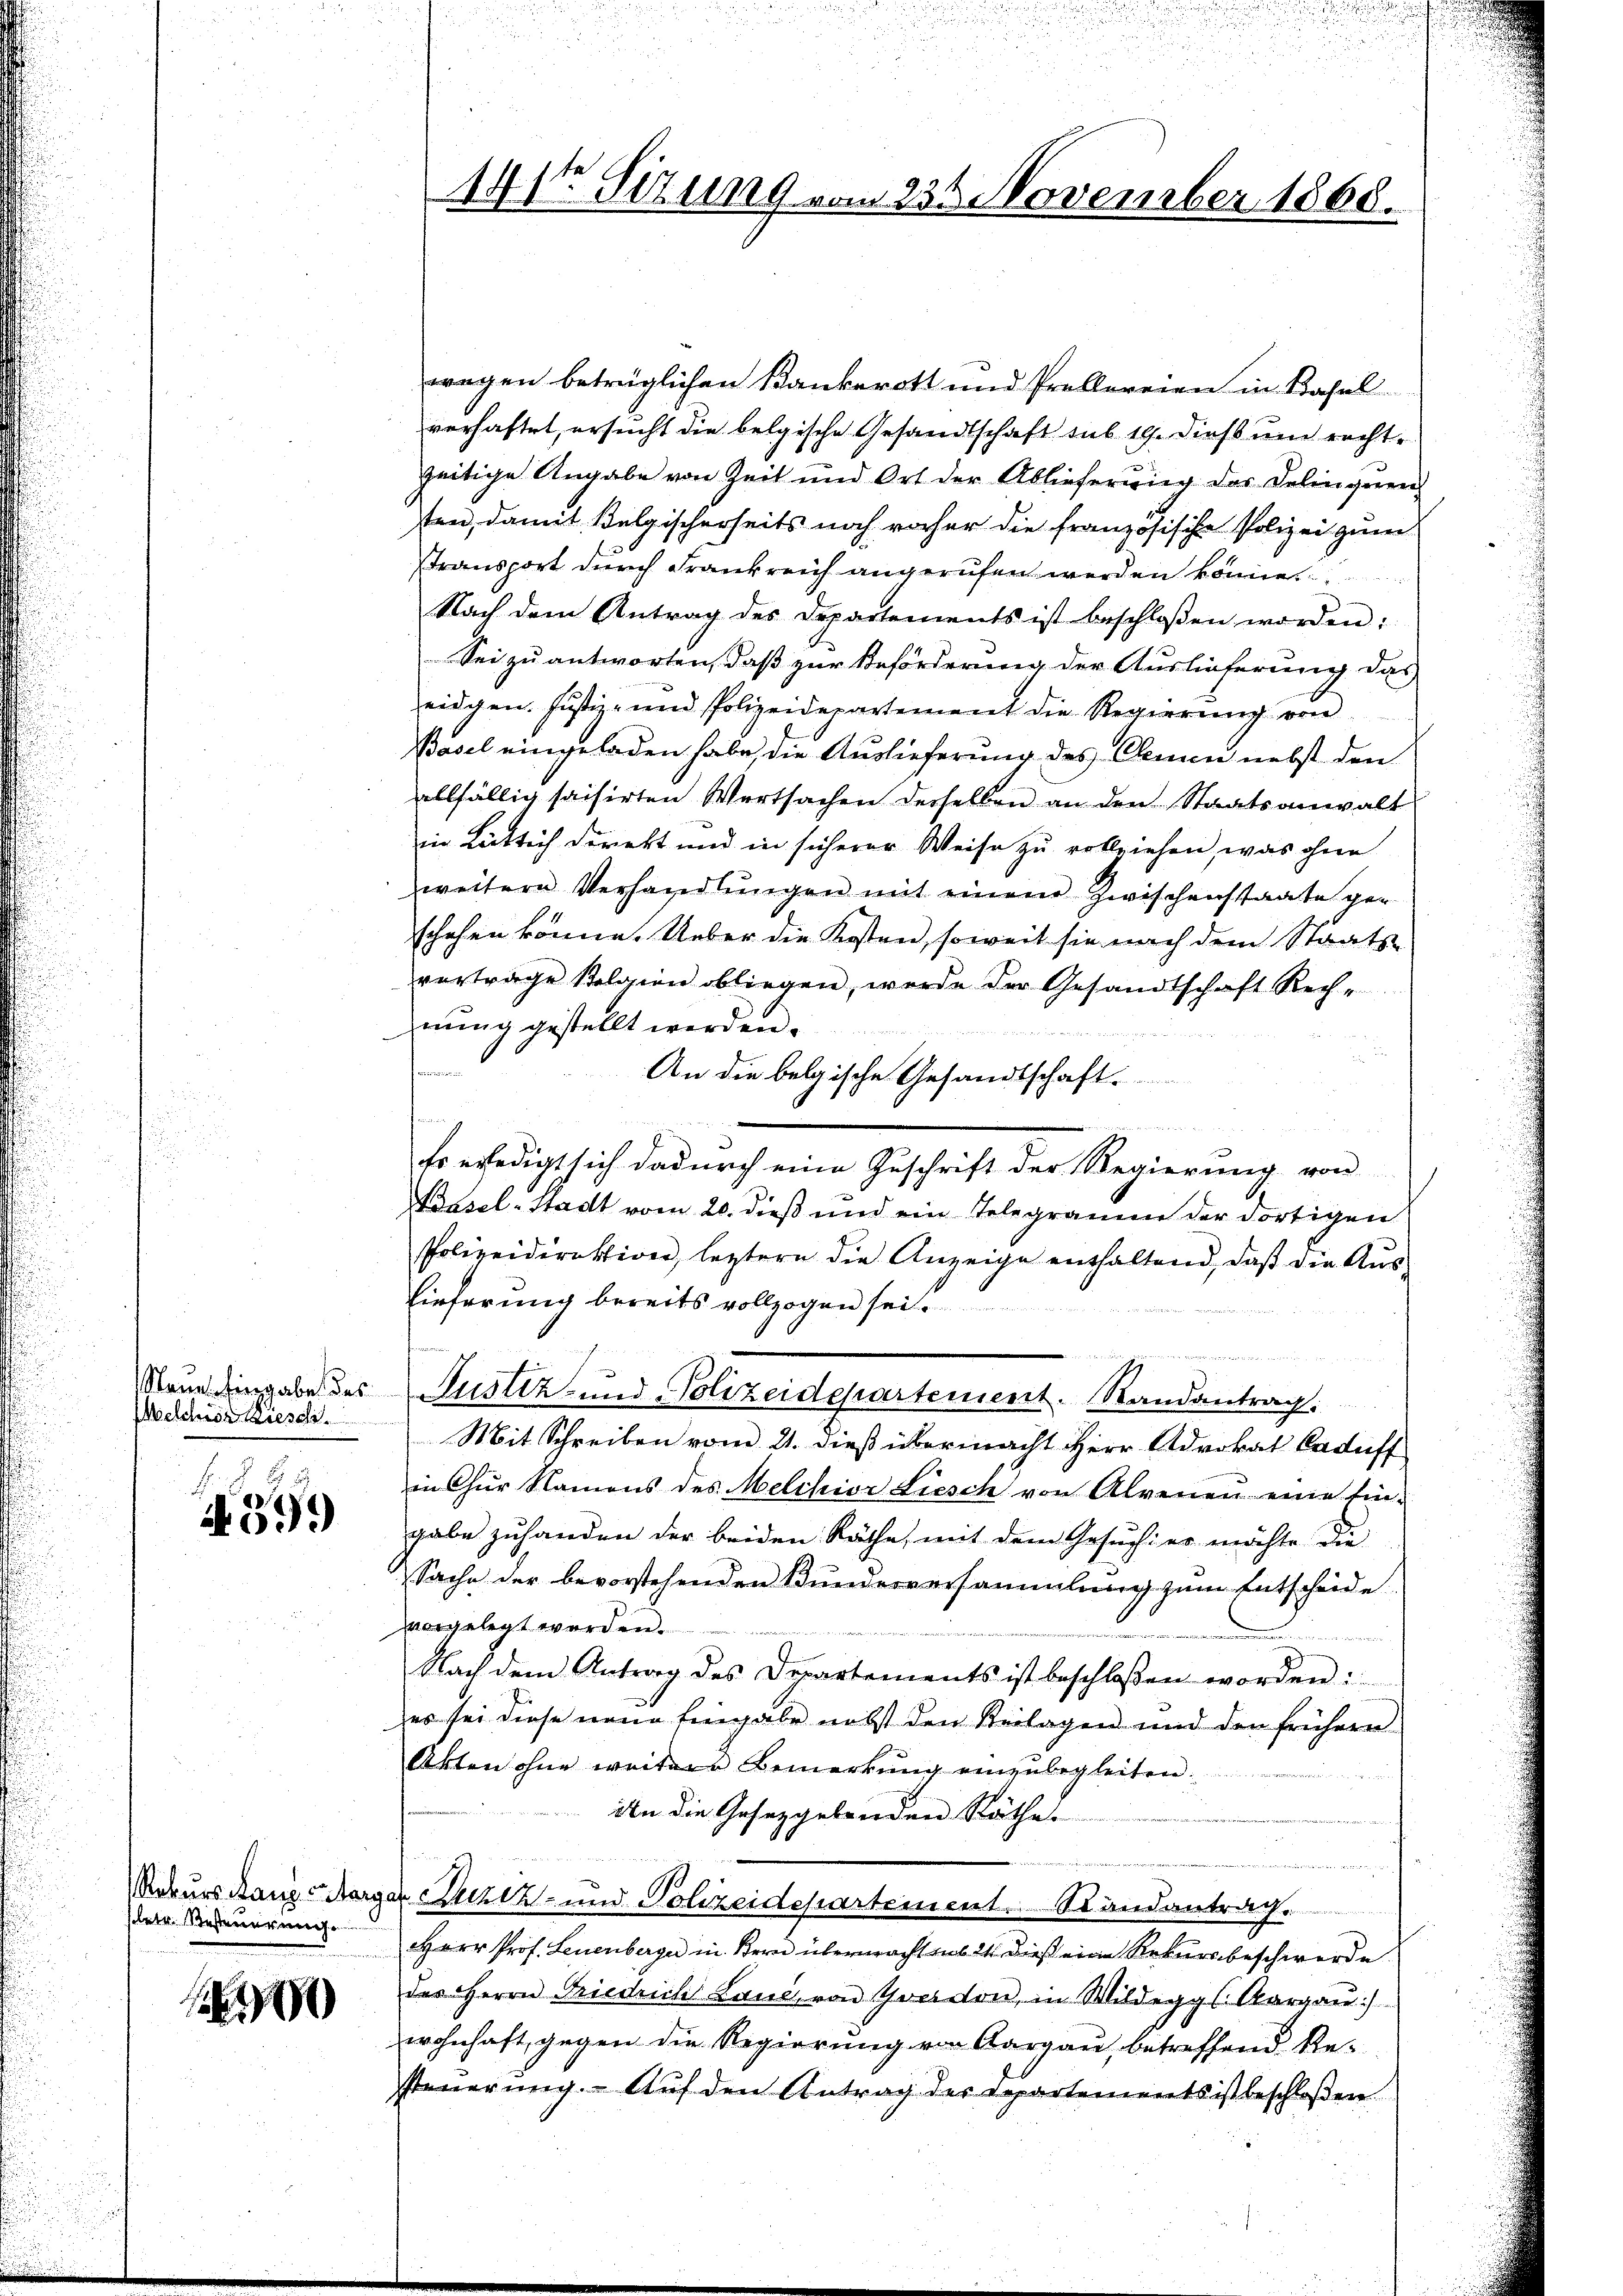
Sanen Eingabe des
Welchior Kiesche

b
.
599

Rekurs Lanz charge
betr. Resteuerunge

0

wegen beträglichen Kankerott und Prellereien in Basel
verhaftet, ersucht die belgische Gesandtschaft sub 19. dieß und rechtzeitige Angabe von Zeit und Ort der Ablieferung des Delingeren
ten, damit Belgischerheits noch vorher die französische Polizei zum
transport durch Frankreich angerufen werden könne.
Nach dem Antrag des Departements ist beschloßen worden:
Sei zu antworten, daß zur Beförderung der Auslieferung das
eidgen. Justiz- und Polizeidepartement die Regierung von
Basel eingeladen habe, die Auslieferung des Clemen nebst den
allfällig saisirten Wertsachen derselben an den Staatsanwalt
in Lütlich direkt und in sicherer Weise zu vollziehen, was ohne
weitere Verhandlŭngen mit einem Zwischenstaate ge-
schehen könne. Ueber die Kosten, soweit sie nach dem Staats-
vertrage kolgien obliegen, werde der Gesandtschaft Rech-
nung gestellt werden.
senen
An die belgische Gesandtschaft.
keinen i

Es erledigt sich dadurch eine Geschrift der Regierung von
Prasel-Stadt vom 20. dieß und ein Telegramm der dortigen
Polizeidirektion, leztern die Anzeige enthaltend, daβ die Aŭs-
Eieferung bereits vollzogen sei.
Justiz- und Polizeidepartement. Randantrag:
Mit Schreiben vom 21. dieß übermacht Herr Advokat Caduff
in Chur Namens des Melchior Liesch von Alrenen eine Ein-
gabe zuhanden der beiden Räthe, mit dem Gesuches möchte die
Sache der bevorstehenden Bundesversammlung zum Entscheide
vorgelegt werden.

Nach dem Antrag des Departements ist beschloßen worden i
es sei diese neue Eingabe nebst den Beilagen und den frühern
Akten ohne weitere Bemerkŭng einzŭbegleiten.
An die Gesetzgebenden Räthe.
de Luziz- und Polizeidepartement. Randantrag.
HHerr Prof. Leuenberger in Bern übermacht sub 24 dieß eine Rekursbeschwerde
des Herrn Friedrich Land, von Trotton, in Wildeggs. Aargaŭ)
wohnhaft, gegen die Regierung von Aargau, betreffend Re-
steuerung. Auf den Antrag der Departements ist beschloßen

14t Sitzung vom 23. November 1868.